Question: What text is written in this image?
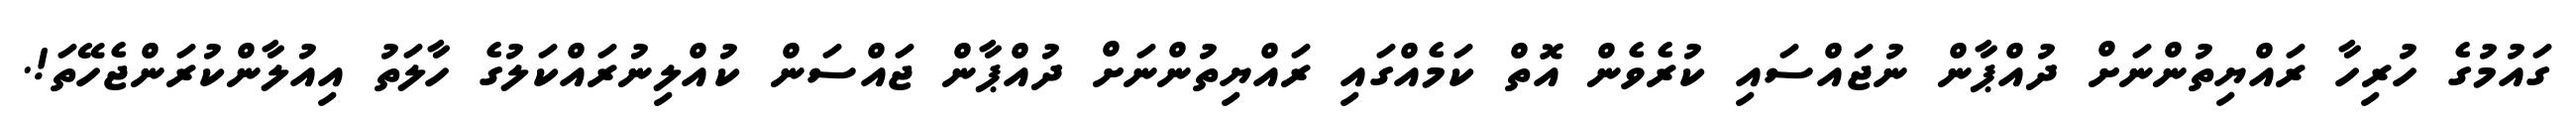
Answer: ގައުމުގެ ހުރިހާ ރައްޔިތުންނަށް ދުއްޕާން ނުޖައްސައި ކުރެވެން އޮތް ކަމެއްގައި ރައްޔިތުންނަށް ދުއްޕާން ޖައްސަން ކުއްލިނުރައްކަލުގެ ހާލަތު އިއުލާންކުރަންޖެހޭތަ!.